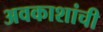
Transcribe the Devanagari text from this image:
अवकाशांची